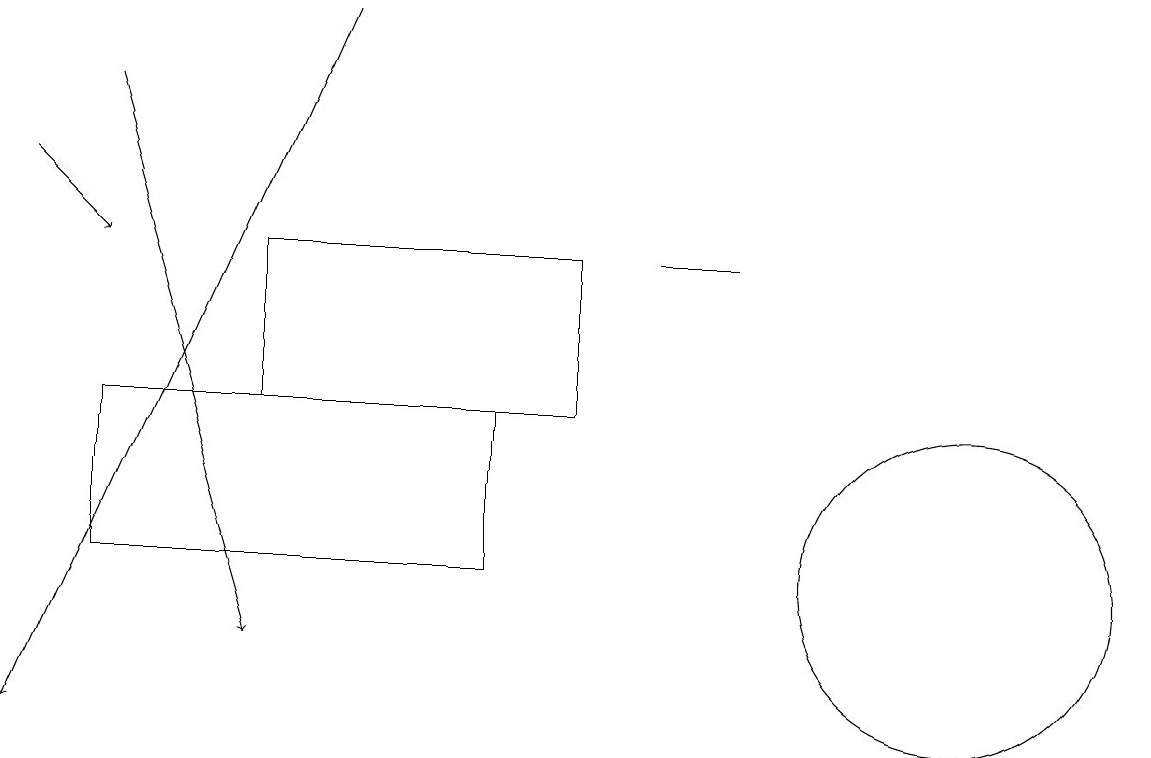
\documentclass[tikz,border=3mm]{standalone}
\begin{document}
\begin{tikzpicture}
\draw[->] (1,18) -- (3,11);
\draw (9,16) rectangle (8,16);
\draw (6,12) rectangle (1,14);
\draw (7,14) rectangle (3,16);
\draw[->] (0,17) -- (1,16);
\draw (12,12) circle (2);
\draw[->] (4,19) -- (0,10);
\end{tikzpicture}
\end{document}